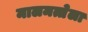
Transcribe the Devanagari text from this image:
मालमत्तेला